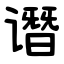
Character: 谮